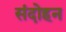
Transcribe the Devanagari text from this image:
संदोहन